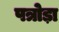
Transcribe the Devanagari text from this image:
पत्रोड़ा